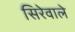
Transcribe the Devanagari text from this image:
सिरेवाले